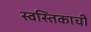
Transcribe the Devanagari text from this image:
स्वस्तिकाची